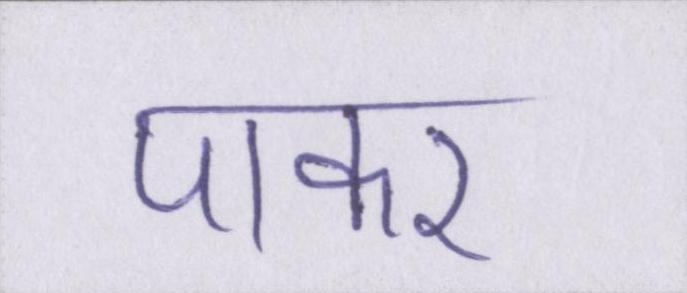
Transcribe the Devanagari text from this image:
पाकर